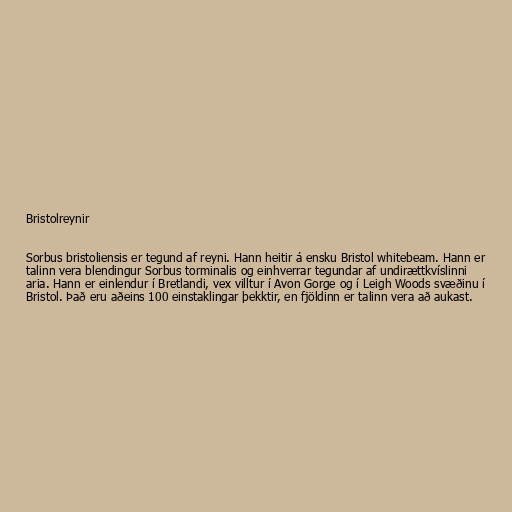
Bristolreynir

Sorbus bristoliensis er tegund af reyni. Hann heitir á ensku Bristol whitebeam. Hann er
talinn vera blendingur Sorbus torminalis og einhverrar tegundar af undirættkvíslinni
aria. Hann er einlendur í Bretlandi, vex villtur í Avon Gorge og í Leigh Woods svæðinu í
Bristol. Það eru aðeins 100 einstaklingar þekktir, en fjöldinn er talinn vera að aukast.